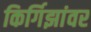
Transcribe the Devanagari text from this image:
किर्गिझांवर